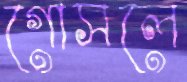
গোসলে